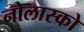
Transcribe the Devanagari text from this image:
नोलास्को